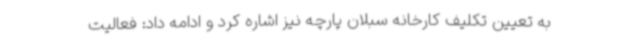
به تعیین تکلیف کارخانه سبلان پارچه نیز اشاره کرد و ادامه داد: فعالیت